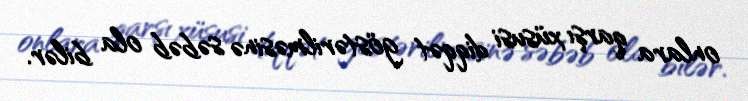
onlara qarşı xüsusi diqqət göstərilməsinə səbəb ola bilər.